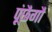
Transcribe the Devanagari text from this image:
पूंछैगौ